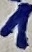
Text: 1